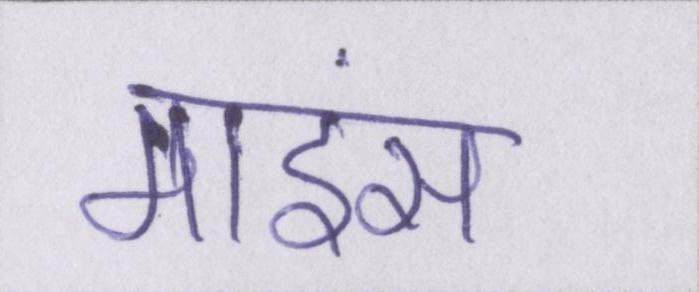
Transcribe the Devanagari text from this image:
माइंस